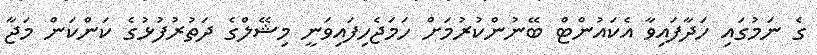
ގެ ނަމުގައި ހަދާފައިވާ އެކައުންޓް ބޭނުންކުރުމަށް ހަމަޖެހިފައިވަނީ މިޝޭލްގެ ދަތުރުފުޅުގެ ކަންކަން މަޖާ